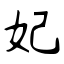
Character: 妃